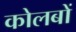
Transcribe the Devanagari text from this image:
कोलबों